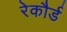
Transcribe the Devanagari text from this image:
रेकौर्ड